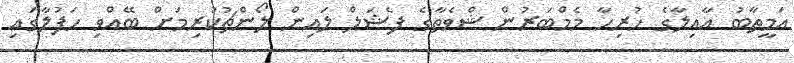
އަމީތާބު އާއިލާގެ ހުރިހާ މެމްބަރުން ޝްވެތާގެ ފެޝަލް ލައިން ލޯންޗުކުރިމަށް ބޭއްވި ހަފުލާގައި